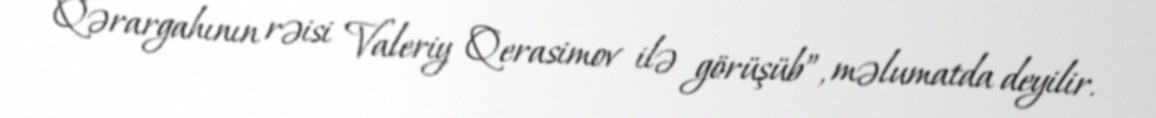
Qərargahının rəisi Valeriy Qerasimov ilə görüşüb”, məlumatda deyilir.